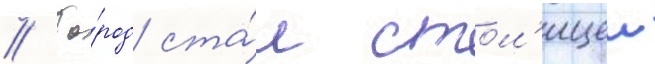
// Го́род ста́л стол'ицеи